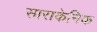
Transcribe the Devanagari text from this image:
साराकेनिक